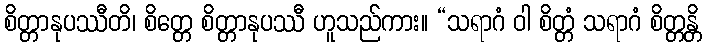
စိတ္တာနုပဿီတိ၊ စိတ္တေ စိတ္တာနုပဿီ ဟူသည်ကား။ “သရာဂံ ဝါ စိတ္တံ သရာဂံ စိတ္တန္တိ